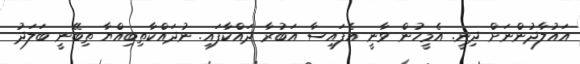
އައުލާދުންނަށް ދިނީ. އެމީހުން ވާނީ އެފައިސާ އަބުރާ ދައްކާފައި. ނުދައްކާތިބިއްޔާ ތިބޭނީ ބަލަދު